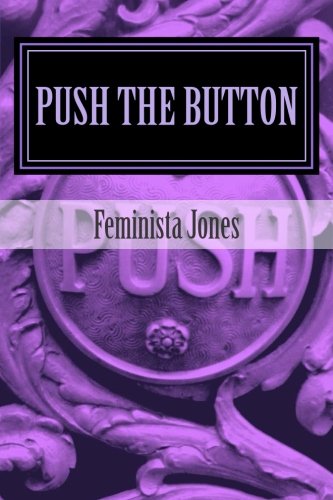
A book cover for Push The Button; Feminista Jones; Romance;